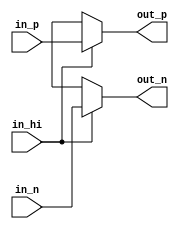
`default_nettype none

module audiodac_drv(
`ifdef USE_POWER_PINS
    input vdd,
    input vss,
`endif
    input in_p,
    input in_n,
    input in_hi,
    output wire out_p,
    output wire out_n
);

assign out_p = (in_hi) ? in_p : 1'bx;
assign out_n = (in_hi) ? in_n : 1'bx;

endmodule
`default_nettype wire